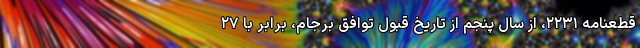
قطعنامه ۲۲۳۱، از سال پنجم از تاریخ قبول توافق برجام، برابر با ۲۷